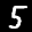
Label: 5